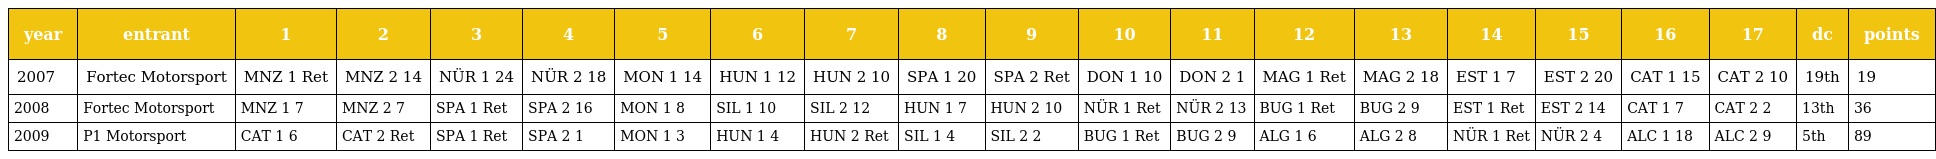
| year | entrant | 1 | 2 | 3 | 4 | 5 | 6 | 7 | 8 | 9 | 10 | 11 | 12 | 13 | 14 | 15 | 16 | 17 | dc | points |
 | --- | --- | --- | --- | --- | --- | --- | --- | --- | --- | --- | --- | --- | --- | --- | --- | --- | --- | --- | --- | --- |
 | 2007 | Fortec Motorsport | MNZ 1 Ret | MNZ 2 14 | NÜR 1 24 | NÜR 2 18 | MON 1 14 | HUN 1 12 | HUN 2 10 | SPA 1 20 | SPA 2 Ret | DON 1 10 | DON 2 1 | MAG 1 Ret | MAG 2 18 | EST 1 7 | EST 2 20 | CAT 1 15 | CAT 2 10 | 19th | 19 |
 | 2008 | Fortec Motorsport | MNZ 1 7 | MNZ 2 7 | SPA 1 Ret | SPA 2 16 | MON 1 8 | SIL 1 10 | SIL 2 12 | HUN 1 7 | HUN 2 10 | NÜR 1 Ret | NÜR 2 13 | BUG 1 Ret | BUG 2 9 | EST 1 Ret | EST 2 14 | CAT 1 7 | CAT 2 2 | 13th | 36 |
 | 2009 | P1 Motorsport | CAT 1 6 | CAT 2 Ret | SPA 1 Ret | SPA 2 1 | MON 1 3 | HUN 1 4 | HUN 2 Ret | SIL 1 4 | SIL 2 2 | BUG 1 Ret | BUG 2 9 | ALG 1 6 | ALG 2 8 | NÜR 1 Ret | NÜR 2 4 | ALC 1 18 | ALC 2 9 | 5th | 89 |